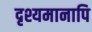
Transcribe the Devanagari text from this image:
दृश्यमानापि